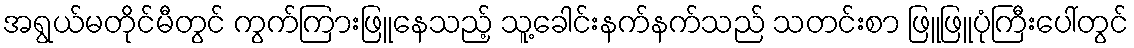
အရွယ်မတိုင်မီတွင် ကွက်ကြားဖြူနေသည့် သူ့ခေါင်းနက်နက်သည် သတင်းစာ ဖြူဖြူပုံကြီးပေါ်တွင်